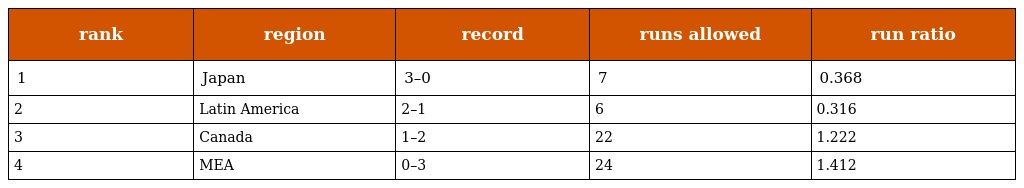
| rank | region | record | runs allowed | run ratio |
 | --- | --- | --- | --- | --- |
 | 1 | Japan | 3–0 | 7 | 0.368 |
 | 2 | Latin America | 2–1 | 6 | 0.316 |
 | 3 | Canada | 1–2 | 22 | 1.222 |
 | 4 | MEA | 0–3 | 24 | 1.412 |